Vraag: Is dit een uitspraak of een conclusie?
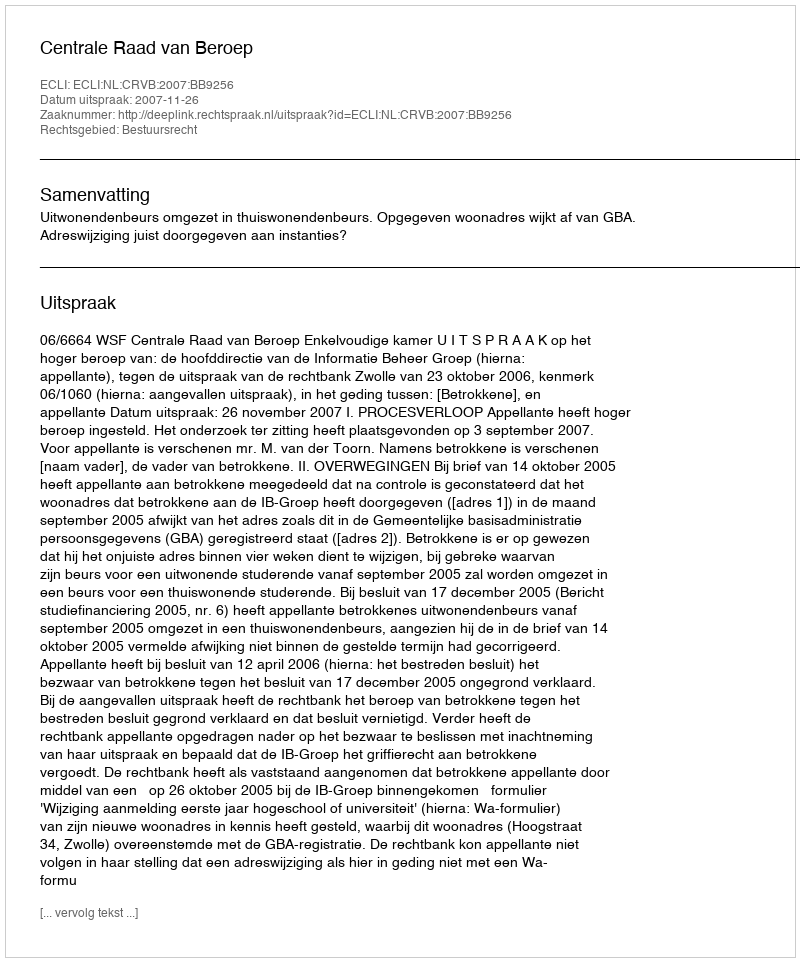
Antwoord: Uitspraak